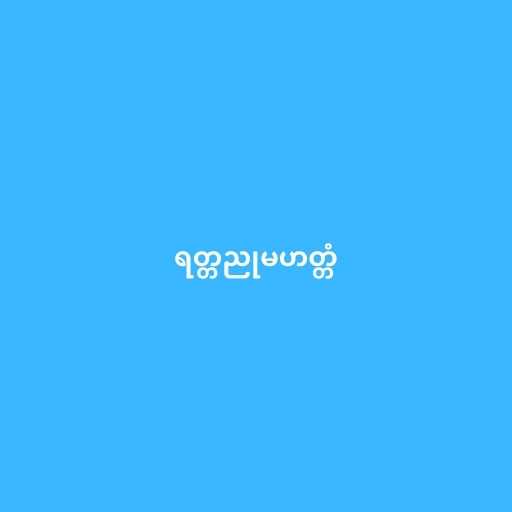
ရတ္တညုမဟတ္တံ